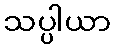
သပ္ပါယာ